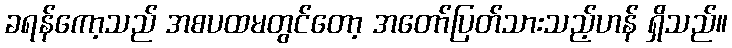
ခရန်ကော့သည် အစပထမတွင်တော့ အတော်ပြတ်သားသည့်ဟန် ရှိသည်။